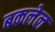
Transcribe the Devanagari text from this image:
बकलेल